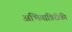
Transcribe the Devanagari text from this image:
अभियांत्रिरीकी